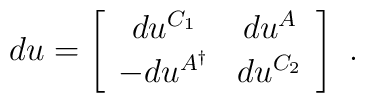
du = \left[         \begin{array}{cc}           du^{C_1}&du^A\\           -du^{A^{\dagger}}&du^{C_2}         \end{array}       \right] \ .